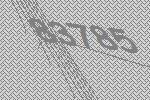
83785